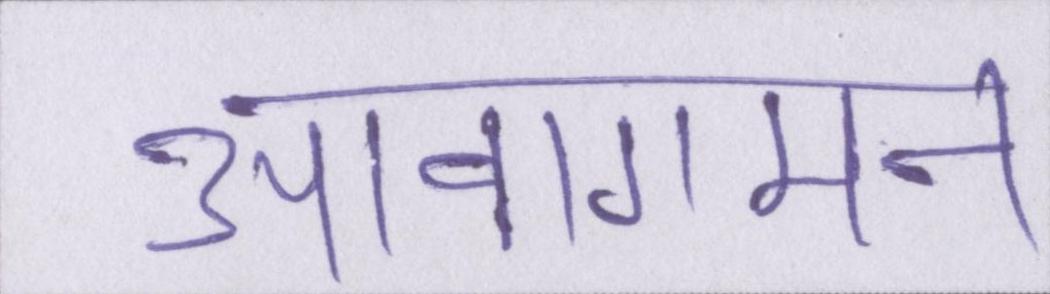
आवागमन